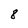
Character: 8